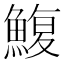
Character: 鰒